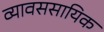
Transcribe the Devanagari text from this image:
व्यावससायिक